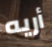
أريه